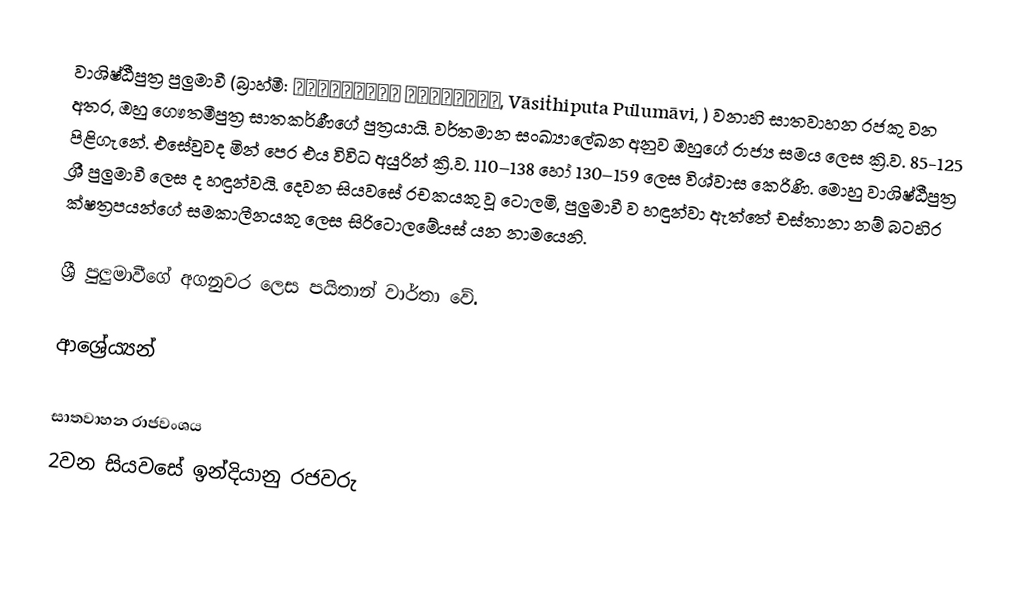
වාශිෂ්ඨීපුත්‍ර පුලුමාවී (බ්‍රාහ්මී: 𑀯𑀸𑀲𑀺𑀣𑀺𑀧𑀼𑀢 𑀧𑀼𑀎𑀼𑀫𑀸𑀯𑀺, Vāsiṭhiputa Puḷumāvi, ) වනාහි සාතවාහන රජකු වන අතර, ඔහු ගෞතමීපුත්‍ර සාතකර්ණීගේ පුත්‍රයායි. වර්තමාන සංඛ්‍යාලේඛන අනුව ඔහුගේ රාජ්‍ය සමය ලෙස ක්‍රි.ව. 85-125 පිළිගැනේ. එසේවුවද මින් පෙර එය විවිධ අයුරින් ක්‍රි.ව. 110–138 හෝ 130–159 ලෙස විශ්වාස කෙරිණි. මොහු වාශිෂ්ඨීපුත්‍ර ශ්‍රී පුලුමාවී ලෙස ද හඳුන්වයි. දෙවන සියවසේ රචකයකු වූ ටොලමි, පුලුමාවී ව හඳුන්වා ඇත්තේ චස්තානා නම් බටහිර ක්ෂත්‍රපයන්ගේ සමකාලීනයකු ලෙස සිරිටොලමේයස් යන නාමයෙනි.

ශ්‍රී පුලුමාවීගේ අගනුවර ලෙස පයිතාන් වාර්තා වේ.

ආශ්‍රේය්‍යන්

සාතවාහන රාජවංශය
2වන සියවසේ ඉන්දියානු රජවරු